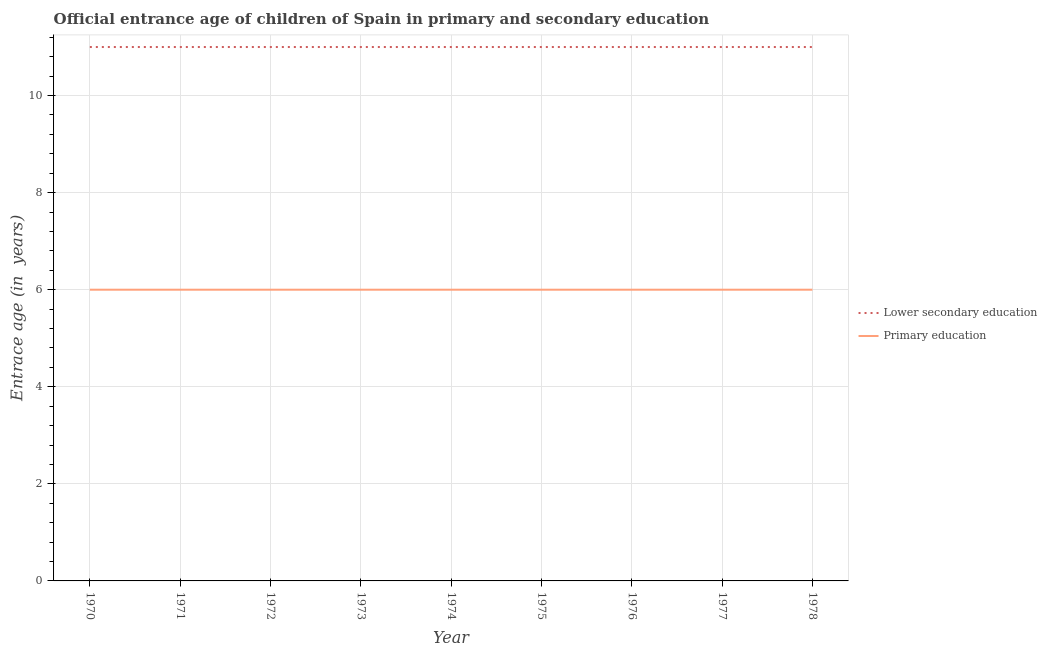
| Year | Lower secondary education | Primary education |
 | --- | --- | --- |
 | 1970 | 11 | 6 |
 | 1971 | 11 | 6 |
 | 1972 | 11 | 6 |
 | 1973 | 11 | 6 |
 | 1974 | 11 | 6 |
 | 1975 | 11 | 6 |
 | 1976 | 11 | 6 |
 | 1977 | 11 | 6 |
 | 1978 | 11 | 6 |